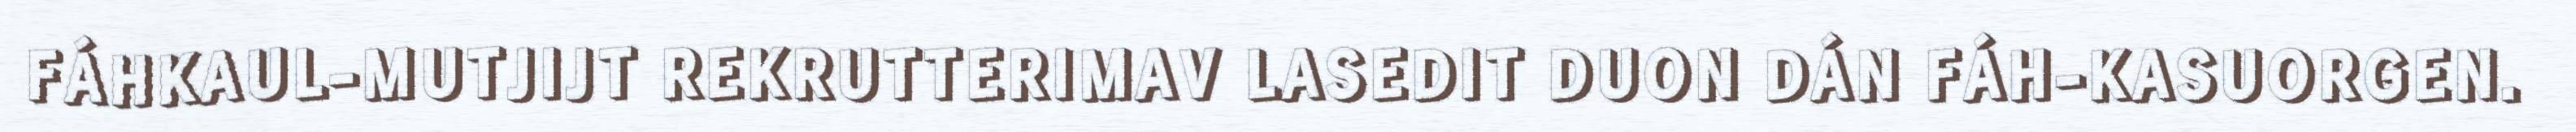
FÁHKAUL-MUTJIJT REKRUTTERIMAV LASEDIT DUON DÁN FÁH-KASUORGEN.